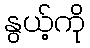
နွယ့်ကို